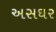
અસઘર